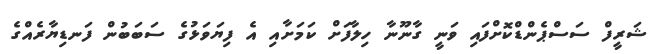
ޝަރީފް ސަސްޕެންޑްކޮށްފައި ވަނީ ގާނޫނާ ހިލާފަށް ކަމަށާއި އެ ފިޔަވަޅުގެ ސަބަބުން ފަނޑިޔާރެއްގެ